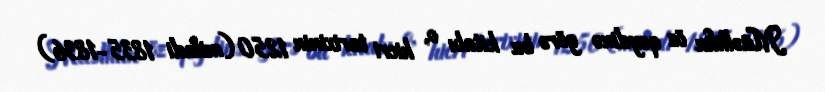
Müəllifin öz qeydinə görə bu kitabı o, hicri tarixinin 1250 (miladi 1835-1836)